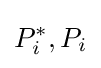
P_{i}^{*},P_{i}